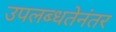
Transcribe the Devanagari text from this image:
उपलब्धतेनंतर